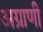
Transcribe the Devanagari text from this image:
अग्राणी